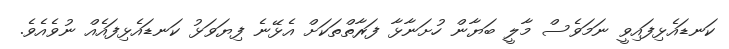
ކަނޑައެޅިފައިވީ ނަމަވެސް މާލީ ބަޔާން ހުށަނާޅާ ފަރާތްތަކަށް އެޅޭނެ ފިޔަވަޅު ކަނޑައެޅިފައެއް ނުވެއެވެ.